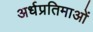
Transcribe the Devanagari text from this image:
अर्धप्रतिमाओं